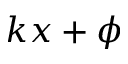
k x + \phi